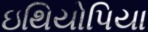
ઇથિયોપિયા